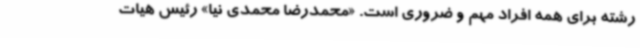
رشته برای همه افراد مهم و ضروری است. «محمدرضا محمدی نیا» رئیس هیات